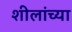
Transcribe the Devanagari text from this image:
शीलांच्या